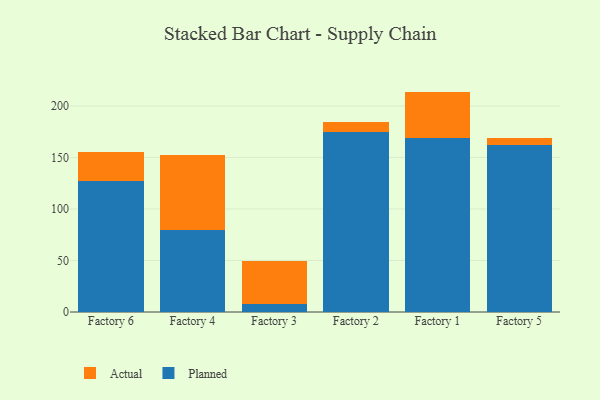
{"axis": {"x": "Factory", "y": "Tickets Resolved"}, "legend": ["Actual", "Planned"], "data": [{"x": "Factory 6", "y": 127.5, "type": "Planned"}, {"x": "Factory 6", "y": 28.0, "type": "Actual"}, {"x": "Factory 4", "y": 79.3, "type": "Planned"}, {"x": "Factory 4", "y": 73.1, "type": "Actual"}, {"x": "Factory 3", "y": 8.2, "type": "Planned"}, {"x": "Factory 3", "y": 40.9, "type": "Actual"}, {"x": "Factory 2", "y": 175.1, "type": "Planned"}, {"x": "Factory 2", "y": 9.6, "type": "Actual"}, {"x": "Factory 1", "y": 169.1, "type": "Planned"}, {"x": "Factory 1", "y": 44.8, "type": "Actual"}, {"x": "Factory 5", "y": 162.3, "type": "Planned"}, {"x": "Factory 5", "y": 6.6, "type": "Actual"}]}